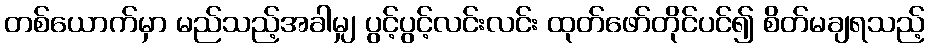
တစ်ယောက်မှာ မည်သည့်အခါမျှ ပွင့်ပွင့်လင်းလင်း ထုတ်ဖော်တိုင်ပင်၍ စိတ်မချရသည့်